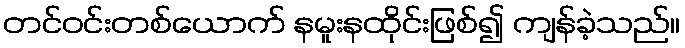
တင်ဝင်းတစ်ယောက် နမူးနထိုင်းဖြစ်၍ ကျန်ခဲ့သည်။